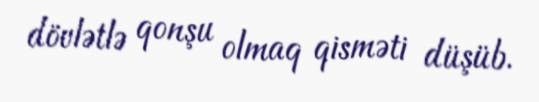
dövlətlə qonşu olmaq qisməti düşüb.